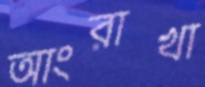
আংরাখা